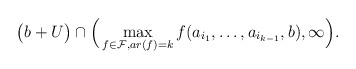
\begin{align*}\big(b+U\big) \cap \Big(\max_{f\in \mathcal{F}, ar(f)=k} f(a_{i_1},\ldots, a_{i_{k-1}},b),\infty\Big).\end{align*}